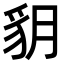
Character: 𧲩